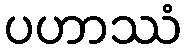
ပဟာဿံ